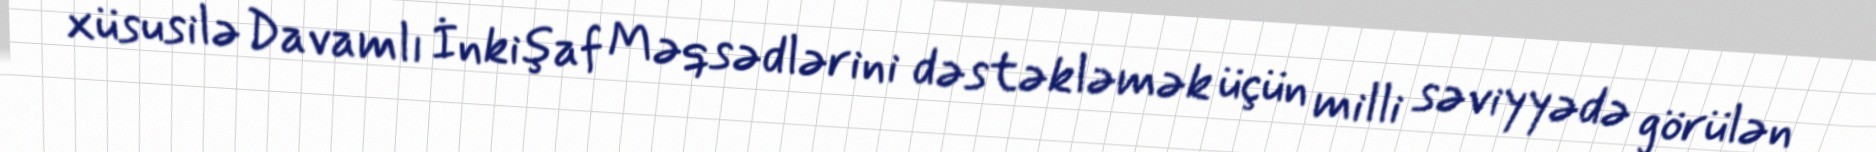
xüsusilə Davamlı İnkişaf Məqsədlərini dəstəkləmək üçün milli səviyyədə görülən